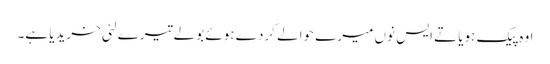
اوہ پیک ہویا تے ایس نوں میرے حوالے کردے ہوئے بولے تیرے لئی خریدیا ہے۔